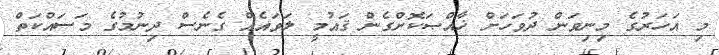
މި އަހަރުގެ މިނިވަން ދުވަހަށް ޚާއްޞަކޮށްގެން ޤައުމީ ލަވައެއް ގެނެސް ދިނުމުގެ މަސައްކަތް